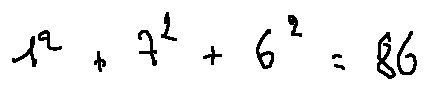
1 ^ { 2 } + 7 ^ { 2 } + 6 ^ { 2 } = 8 6